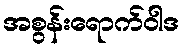
အစွန်းရောက်ဝါဒ